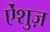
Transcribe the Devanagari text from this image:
ऐंशुज़